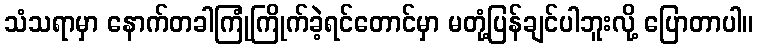
သံသရာမှာ နောက်တခါကြုံကြိုက်ခဲ့ရင်တောင်မှာ မတုံ့ပြန်ချင်ပါဘူးလို့ ပြောတာပါ။